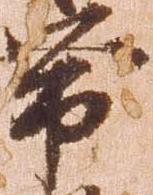
帯